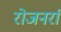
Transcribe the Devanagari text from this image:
रोजनर्रा